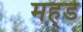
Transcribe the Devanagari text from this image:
मह्डे